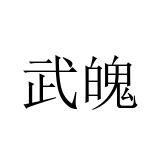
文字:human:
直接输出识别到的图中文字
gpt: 武魄